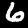
Label: 6